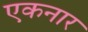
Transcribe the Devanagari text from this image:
एकनार